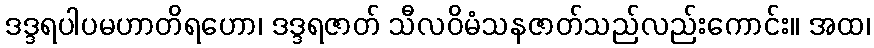
ဒဒ္ဒရပါပမဟာတိရဟော၊ ဒဒ္ဒရဇာတ် သီလဝိမံသနဇာတ်သည်လည်းကောင်း။ အထ၊